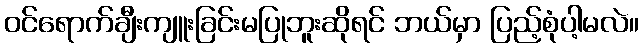
ဝင်ရောက်ချီးကျူးခြင်းမပြုဘူးဆိုရင် ဘယ်မှာ ပြည့်စုံပါ့မလဲ။